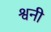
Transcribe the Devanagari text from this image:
श्वनी